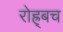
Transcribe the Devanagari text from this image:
रोह्र्बच